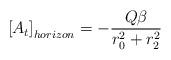
LaTeX: \begin{align*}\left[ A_t \right]_{horizon} = - \frac{Q \beta}{r_0^2 + r_2^2}\end{align*}